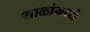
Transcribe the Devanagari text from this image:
शाळांमध्‍ये